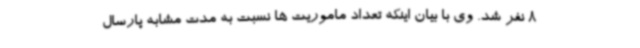
8 نفر شد. وی با بیان اینکه تعداد ماموریت ها نسبت به مدت مشابه پارسال